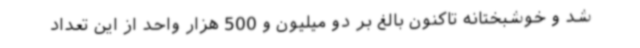
شد و خوشبختانه تاکنون بالغ بر دو میلیون و 500 هزار واحد از این تعداد